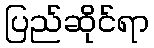
ပြည်ဆိုင်ရာ